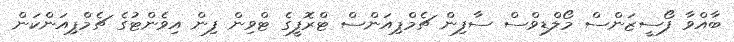
ބާއްވާ ފޯސީޒަންސް މޯލްޑިވްސް ސާފިން ޗެމްޕިއަންސް ޓްރޮފީގެ ޓްވިން ފިން އިވެންޓުގެ ޗެމްޕިއަންކަން